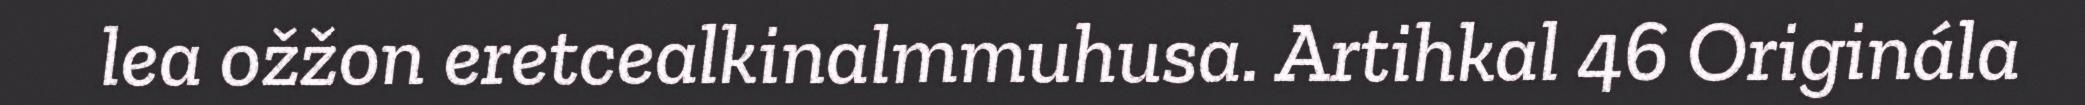
lea ožžon eretcealkinalmmuhusa. Artihkal 46 Originála